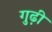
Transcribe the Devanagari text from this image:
गुढ़ी